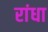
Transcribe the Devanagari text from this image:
रांधा